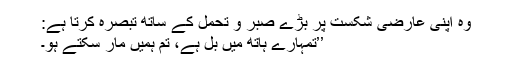
وہ اپنی عارضی شکست پر بڑے صبر و تحمل کے ساتھ تبصرہ کرتا ہے:
’’تمہارے ہاتھ میں بل ہے، تم ہمیں مار سکتے ہو۔